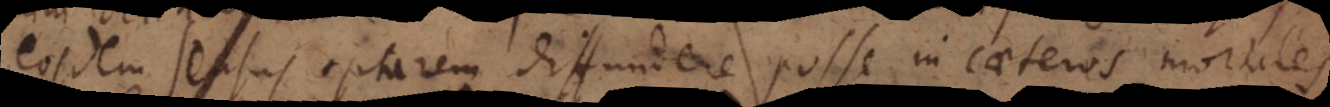
eosdem sensus optarem diffundere posse in caeteros mortales.